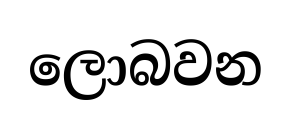
ලොබවන